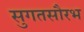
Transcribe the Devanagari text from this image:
सुगतसौरभ